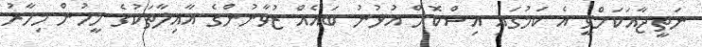
ނަތީޖާއަކަށްވީ އެ ކަމުގައި އިސްކޮށް އުޅުނު ބައެއް ޒުވާނުންގެ އާއިލާތަކުގެ މީހުން މިހާރު